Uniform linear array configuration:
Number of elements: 8
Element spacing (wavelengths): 0.75
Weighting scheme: hann
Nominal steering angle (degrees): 60
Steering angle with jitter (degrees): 60.625
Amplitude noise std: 0.05
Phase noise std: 0.05

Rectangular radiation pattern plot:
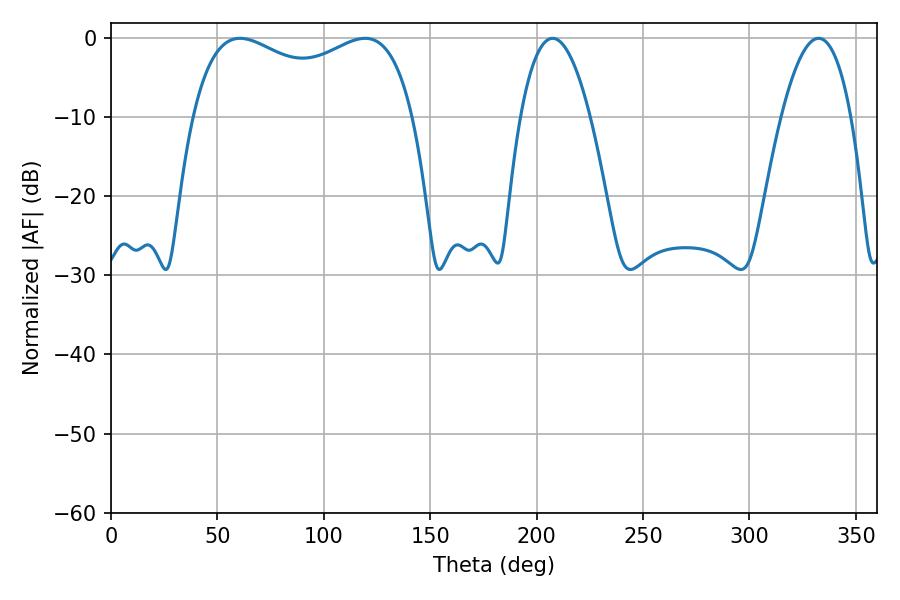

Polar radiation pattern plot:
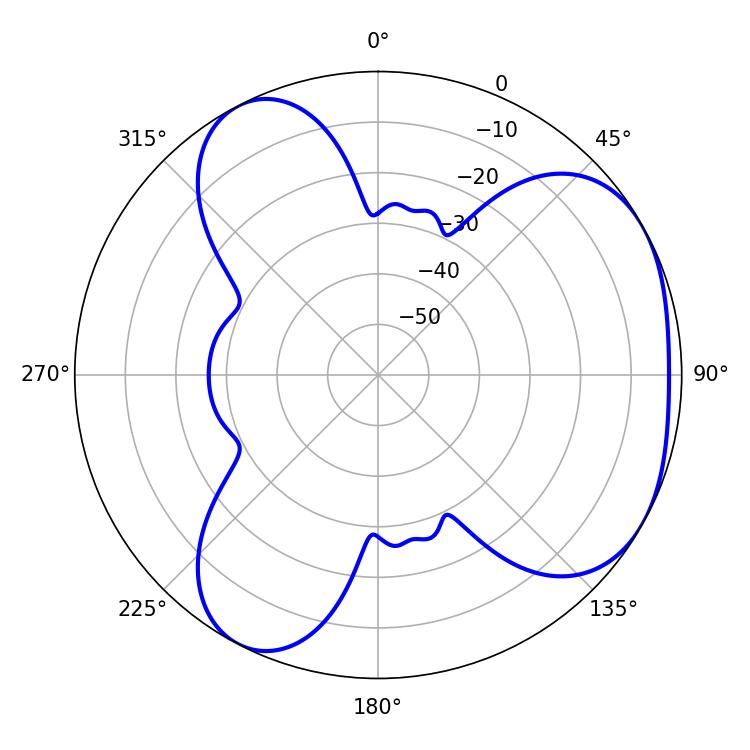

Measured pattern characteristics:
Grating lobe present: TRUE
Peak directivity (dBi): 4.003
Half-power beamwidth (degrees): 86.04
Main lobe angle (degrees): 60.66